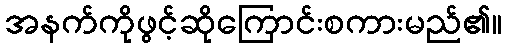
အနက်ကိုဖွင့်ဆိုကြောင်းစကားမည်၏။